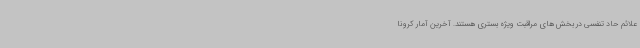
علائم حاد تنفسی در بخش های مراقبت ویژه بستری هستند. آخرین آمار کرونا